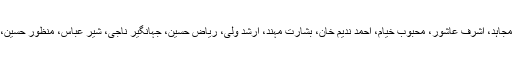
گلگت بلتستان نیوز پیپرز سوسائٹی کے ایک وفد نے صدر ایمان شاہ کی زیر قیادت جس میں سعادت علی مجاہد، اشرف عاشور، محبوب خیام، احمد ندیم خان، بشارت مہند، ارشد ولی، ریاض حسین، جہانگیر ناجی، شیر عباس، منظور حسین، امتیاز علی سلطان شامل تھے نے ڈپٹی ڈائریکٹر انفارمیشن فاروق احمد سے ان کے دفتر میں ملاقات کی۔